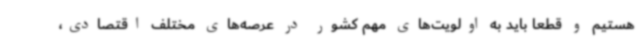
هستیم و قطعا باید به اولویت‌های مهم کشور در عرصه‌های مختلف اقتصادی،